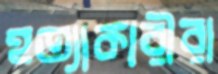
হত্যাকারীরা